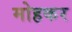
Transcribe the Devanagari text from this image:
मोहकर